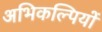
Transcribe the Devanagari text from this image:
अभिकल्पियों